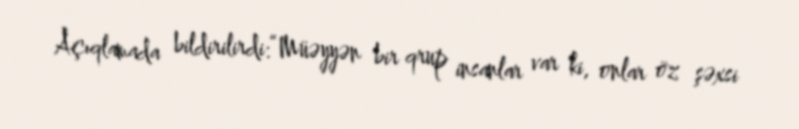
Açıqlamada bildirilirdi:“Müəyyən bir qrup insanlar var ki, onlar öz şəxsi